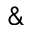
\&